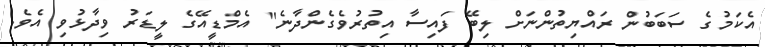
އެކަމުގެ ސަބަބުން ރައްޔިތުންނަށް ލިބޭ ފައިސާ އިތުރުވެގެންދާނެ" އެމްޑީއޭގެ ލީޑަރު ވިދާޅުވި އެވެ.